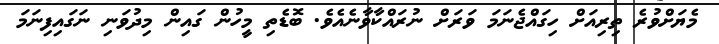
މެޔަށްވުރެ ތިރިއަށް ހިގައްޖެނަމަ ވަރަށް ނުރައްކާވާނެއެވެ. ބޮޑެތި މީހުން ގައިން މިދުވަނި ނަގައިފިނަމަ